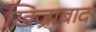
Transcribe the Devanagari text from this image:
ख़िज्राबाद